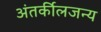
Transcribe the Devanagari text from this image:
अंतर्कीलजन्य